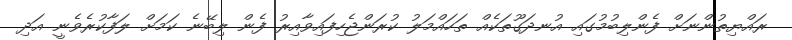
ރައްޔިތުންނަށް ފެންލިބުމުގައި އުނދަގޫތަކެއް ތަހައްމަލު ކުރަންޖެހިފައިވާއިރު ފެން ލިބޭނެ ކަމަށް ލަފާކުރެވެނީ އަދި